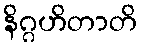
နိဂ္ဂဟိတာတိ